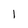
Character: 1